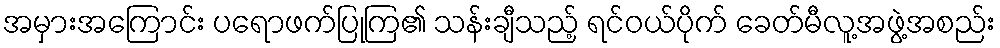
အမှားအကြောင်း ပရောဖက်ပြုကြ၏ သန်းချီသည့် ရင်ဝယ်ပိုက် ခေတ်မီလူ့အဖွဲ့အစည်း